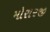
મોરારજી